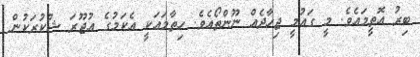
ބިރު އޮތީމައެވެ. މީ ގައުމީ ޖިހާދެއް ނޫންތޯއެވެ. ހިތާމައަކީ އެކަމުގެ އުޖޫރަ ޝުކުރަކުން